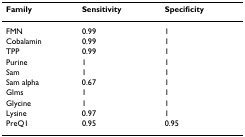
<table><thead><tr><td><b>Family</b></td><td><b>Sensitivity</b></td><td><b>Specificity</b></td></tr></thead><tbody><tr><td>FMN</td><td>0.99</td><td>1</td></tr><tr><td>Cobalamin</td><td>0.99</td><td>1</td></tr><tr><td>TPP</td><td>0.99</td><td>1</td></tr><tr><td>Purine</td><td>1</td><td>1</td></tr><tr><td>Sam</td><td>1</td><td>1</td></tr><tr><td>Sam alpha</td><td>0.67</td><td>1</td></tr><tr><td>Glms</td><td>1</td><td>1</td></tr><tr><td>Glycine</td><td>1</td><td>1</td></tr><tr><td>Lysine</td><td>0.97</td><td>1</td></tr><tr><td>PreQ1</td><td>0.95</td><td>0.95</td></tr></tbody></table>